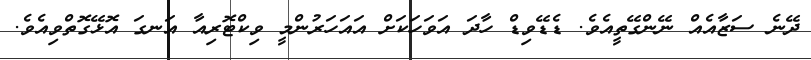
ދޭނެ ސަޒާއެއް ނޭންގޭތީއެވެ. ޑެޑޭވިޑް ހާދަ އަވަހަކަށް އައަހަރުންމީ ވިކްޓޮރިއާ އަނގަ އޮޅޭގޮތްވިއެވެ.